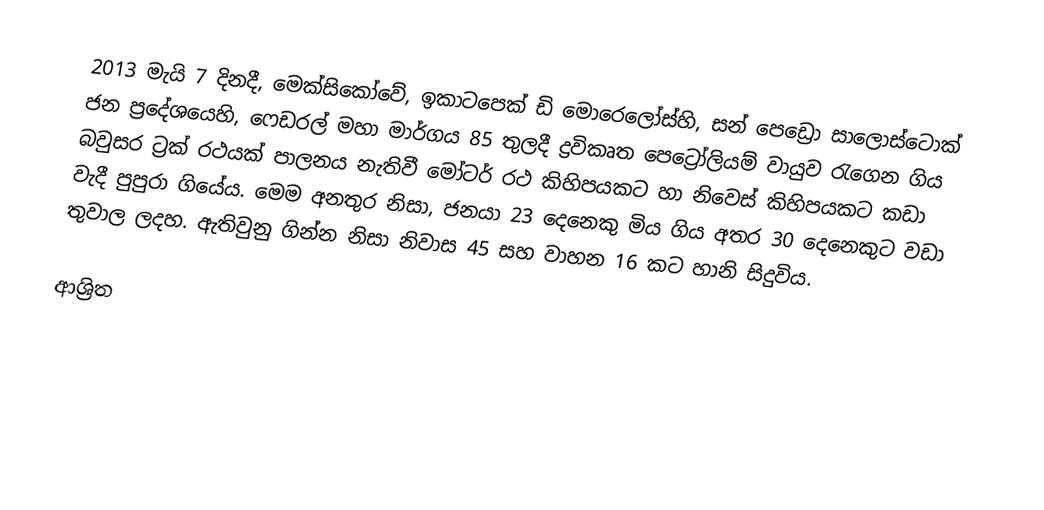
2013 මැයි 7 දිනදී, මෙක්සිකෝවේ,   ඉකාටපෙක් ඩි මොරෙලෝස්හි, සන් පෙඩ්‍රො සාලොස්ටොක් ජන ප්‍රදේශයෙහි, ෆෙඩරල් මහා මාර්ගය 85 තුලදී ද්‍රවිකෘත පෙට්‍රෝලියම් වායුව රැගෙන ගිය  බවුසර ට්‍රක් රථයක් පාලනය නැතිවී මෝටර් රථ කිහිපයකට හා නිවෙස් කිහිපයකට කඩා වැදී පුපුරා ගියේය. මෙම අනතුර නිසා, ජනයා 23 දෙනෙකු මිය ගිය අතර 30 දෙනෙකුට වඩා තුවාල ලදහ. ඇතිවුනු ගින්න නිසා නිවාස  45 සහ වාහන 16 කට හානි සිදුවිය.

ආශ්‍රිත